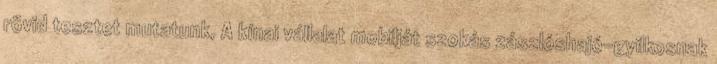
rövid tesztet mutatunk, A kínai vállalat mobilját szokás zászlóshajó-gyilkosnak